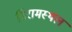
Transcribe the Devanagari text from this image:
विरामस्थल